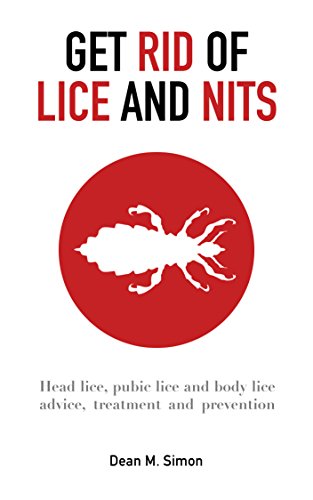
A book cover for Get rid of lice and nits: Head lice, pubic lice and body lice advice, treatment and prevention; Dean M. Simon; Health, Fitness & Dieting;